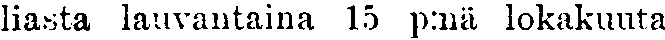
liasta lauvantaina 15 p:nä lokakuuta